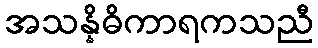
အသန္နိဓိကာရကသညီ